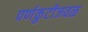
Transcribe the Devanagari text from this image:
पर्णकुटीजवळ